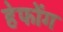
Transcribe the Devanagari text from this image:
हेफोंग